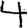
Digit: 4